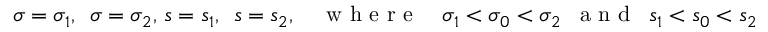
\sigma = \sigma _ { 1 } , \, \ \sigma = \sigma _ { 2 } , \, s = s _ { 1 } , \, \ s = s _ { 2 } , \quad \mathrm { ~ w ~ h ~ e ~ r ~ e ~ } \quad \sigma _ { 1 } < \sigma _ { 0 } < \sigma _ { 2 } \, \ \mathrm { ~ a ~ n ~ d ~ } \, \ s _ { 1 } < s _ { 0 } < s _ { 2 }